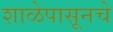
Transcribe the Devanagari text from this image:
शाळेपासूनचे